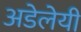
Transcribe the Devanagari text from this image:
अडेलेयी